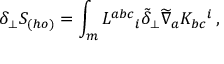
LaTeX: \delta _ { \perp } S _ { ( h o ) } = \int _ { m } L ^ { a b c } { } _ { i } \tilde { \delta } _ { \perp } \widetilde \nabla _ { a } K _ { b c } { } ^ { i } \, ,